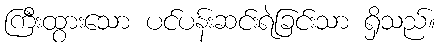
ကြီးထွားသော ပင်ပန်းဆင်းရဲခြင်းသာ ရှိသည်။